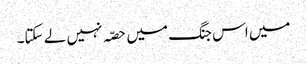
میں اس جنگ میں حصّہ نہیں لے سکتا۔